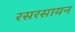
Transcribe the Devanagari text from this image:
रसरसायन